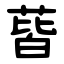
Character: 蒈